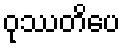
ဝုဿတိပေ